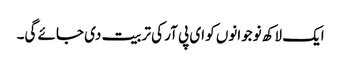
ایک لاکھ نوجوانوں کو ای پی آر کی تربیت دی جائے گی۔